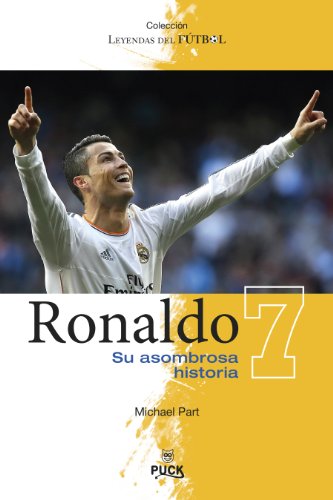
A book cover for Ronaldo: su asombrosa historia (Spanish Edition) (Leyendas Del Futbol); Michael Part; Biographies & Memoirs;